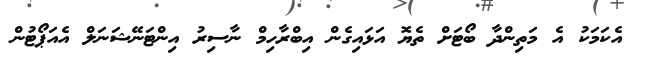
އެކަމަކު އެ މަތިންދާ ބޯޓަށް ތެޔޮ އަޅައިގެން އިބްރާހިމް ނާސިރު އިންޓަނޭޝަނަލް އެއަޕޯޓުން